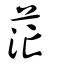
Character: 茫